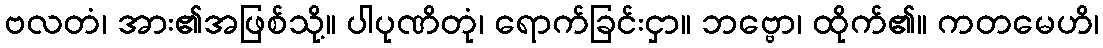
ဗလတံ၊ အား၏အဖြစ်သို့။ ပါပုဏိတုံ၊ ရောက်ခြင်းငှာ။ ဘဗ္ဗော၊ ထိုက်၏။ ကတမေဟိ၊